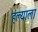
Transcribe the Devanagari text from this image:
हल्याला